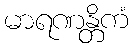
မာရဏန္တိကံ